system: You are a helpful assistant.
user:
Analyze the provided spectrum to determine if it is a **White Dwarf (WD)**.

A White Dwarf spectrum is defined by its **extreme purity** (due to gravitational settling) and/or **extreme pressure broadening** (due to high surface gravity). You must check for one of the following mutually exclusive signatures:

- **Key Visual Indicators (Check for ONE of these types):**

    - **1. DA-Type Signature (Most Common):**
        - **(Primary Feature):** Extreme pressure broadening (Stark broadening) of the **Hydrogen (H) Balmer lines**.
        - **(Key Lines):** $H\beta$ (approx. $4861$ Å) and $H\gamma$ (approx. $4340$ Å). $H\alpha$ (approx. $6563$ Å) will also be present if the wavelength range covers it.
        - **(Line Profile):** This is the **defining feature**. The lines are **NOT** sharp. They appear as massive, **extremely broad and deep "troughs" or "dips"** in the spectrum, often hundreds of Ångströms wide. The continuum will appear to "scoop" down at these wavelengths.
        - **(Distinction):** Normal A-type or B-type stars have *narrow* and *sharp* Hydrogen lines. A DA White Dwarf's lines are unmistakably "smeared" or "blurry" from pressure.

    - **2. DB-Type Signature:**
        - **(Primary Feature):** Broad absorption lines from **Neutral Helium (He I)**. The spectrum must lack any visible Hydrogen lines.
        - **(Key Lines):** Look for broad absorption near $4471$ Å, $4921$ Å, and $5876$ Å.
        - **(Line Profile):** These lines are also significantly pressure-broadened, appearing much wider than they would in a normal B-type main-sequence star.

    - **3. DC-Type Signature:**
        - **(Primary Feature):** A **featureless continuous spectrum**.
        - **(Line Profile):** The spectrum is a smooth curve with **no significant absorption or emission lines**.
        - **(Key Confirmation):** The continuum is almost always **blue or white**, indicating a hot object. This signature implies the atmosphere is so pure (or so cool) that no spectral lines are visible in the optical range. Its WD identity is confirmed by its extremely low intrinsic brightness (high absolute magnitude).

    - **4. DZ-Type Signature (Metal-Polluted):**
        - **(Primary Feature):** **Isolated, narrow metal absorption lines** on an otherwise featureless (DC-like) continuum.
        - **(Key Lines):** The **Calcium (Ca II) H & K doublet** (approx. **$3934$ Å** and **$3968$ Å**) is the most common and defining feature.
        - **(Line Profile):** These lines are "out of place." They are *not* part of a "forest" of thousands of lines. This signature is evidence of recent *accretion* (pollution) from rocky debris.
        - **(Distinction):** Normal G/K/M stars have a *dense forest* of thousands of metal lines. A DZ has a *clean* continuum with *only a few* strong metal lines.

    - **5. DQ-Type Signature (Carbon-Polluted):**
        - **(Primary Feature):** Absorption bands from **Carbon (C₂ "Swan Bands" or atomic C I)**.
        - **(Key Lines - C₂):** Look for bandheads with a "saw-tooth" shape near $5635$ Å, **$5165$ Å** (strongest), and $4737$ Å.
        - **(Key Confirmation):** The underlying **continuum must be blue or white** (hot).
        - **(Distinction):** This is the critical difference from a **Carbon Star**, which has the *exact same* C₂ bands but on an extremely **red, cool** continuum.

- **(Overall Spectrum):**
    - The continuum (overall shape) is typically **blue-sloping** (brighter in the blue than the red), as most white dwarfs are very hot.
    - The spectrum will look "pure" or "simple," dominated by only *one* of the five signatures listed above.

Think first, call **spectral_visualization_tool** if needed to examine features in detail, then provide your final answer. Your response must adhere to the following strict rules:
1.  **Overall Structure:** Your response must follow the format `<think>...</think> <tool_call>...</tool_call> (if a tool is used) <answer>...</answer>`.
2.  **Tool Usage Constraint:** You may only make **one** tool call per turn.
3.  **Final Answer Format:** In the `<answer>` tag, your conclusion must be inside a `\boxed{}` command (e.g., `\boxed{YES}` or `\boxed{NO}`), followed by your justification.

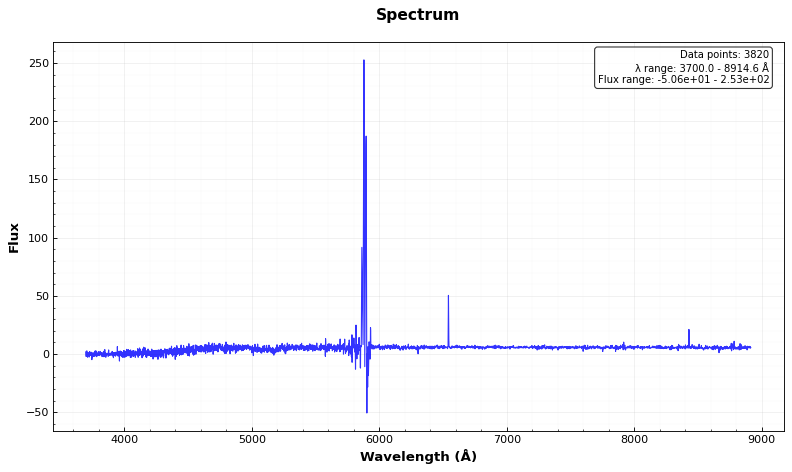
Answer: NO